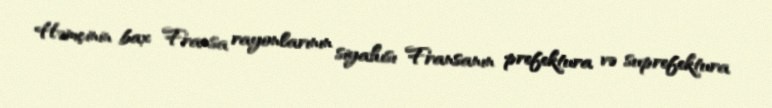
Həmçinin bax Fransa rayonlarının siyahısı Fransanın prefektura və suprefektura